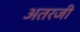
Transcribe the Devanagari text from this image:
अतरजी